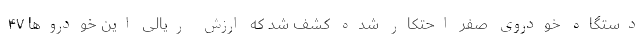
دستگاه خودروی صفر احتکار شده کشف شد که ارزش ریالی این خودروها ۴۷